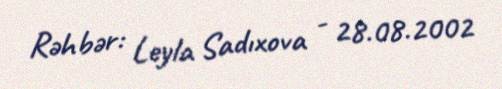
Rəhbər: Leyla Sadıxova - 28.08.2002